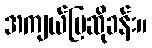
အကျယ်ပြဆိုခန်း။